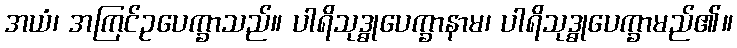
အယံ၊ အကြင်ဥပေက္ခာသည်။ ပါရိသုဒ္ဓုပေက္ခာနာမ၊ ပါရိသုဒ္ဓုပေက္ခာမည်၏။